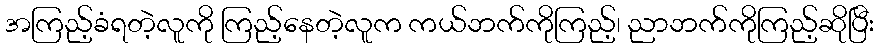
အကြည့်ခံရတဲ့လူကို ကြည့်နေတဲ့လူက ကယ်ဘက်ကိုကြည့်၊ ညာဘက်ကိုကြည့်ဆိုပြီး